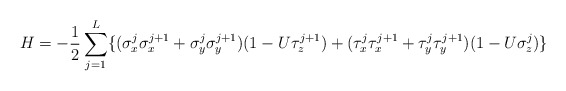
\begin{align*}H= - \frac{1}{2} \sum_{j=1}^{L} \{ ( \sigma_{x}^{j}\sigma_{x}^{j+1} + \sigma_{y}^{j} \sigma_{y}^{j+1} )(1-U \tau_{z}^{j+1}) + ( \tau_{x}^{j} \tau_{x}^{j+1} +\tau_{y}^{j} \tau_{y}^{j+1} ) (1- U \sigma_{z}^{j}) \}\end{align*}